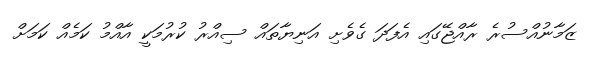
ޒަމާނުއްސުރެ ރާއްޖޭގައި އެފަދަ ގެވެށި އަނިޔާތައް ސިއްރު ކުރުމަކީ އާއްމު ކަމެއް ކަމަށް